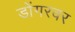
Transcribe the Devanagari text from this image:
डोंगरवर